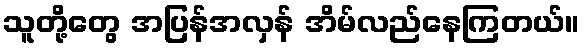
သူတို့တွေ အပြန်အလှန် အိမ်လည်နေကြတယ်။